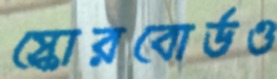
স্কোরবোর্ডও